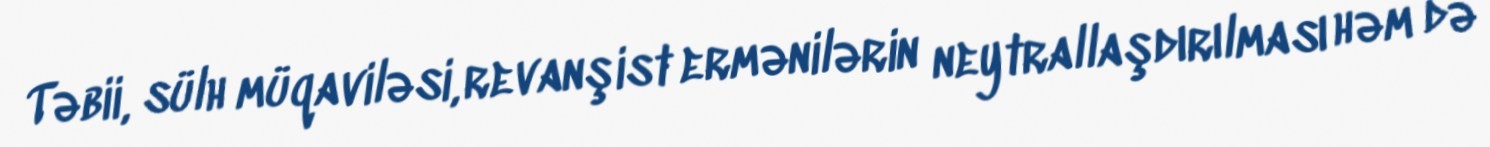
Təbii, sülh müqaviləsi, revanşist ermənilərin neytrallaşdırılması həm də